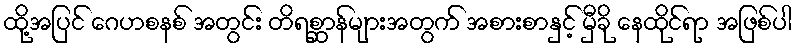
ထို့အပြင် ဂေဟစနစ် အတွင်း တိရစ္ဆာန်များအတွက် အစားစာနှင့် မှီခို နေထိုင်ရာ အဖြစ်ပါ